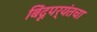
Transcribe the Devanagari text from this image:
बिंदूपर्यंतचा